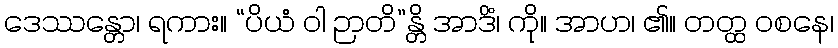
ဒေဿန္တော၊ ရကား။ “ပိယံ ဝါ ဉာတိ”န္တိ အာဒိံ၊ ကို။ အာဟ၊ ၏။ တတ္ထ ဝစနေ၊